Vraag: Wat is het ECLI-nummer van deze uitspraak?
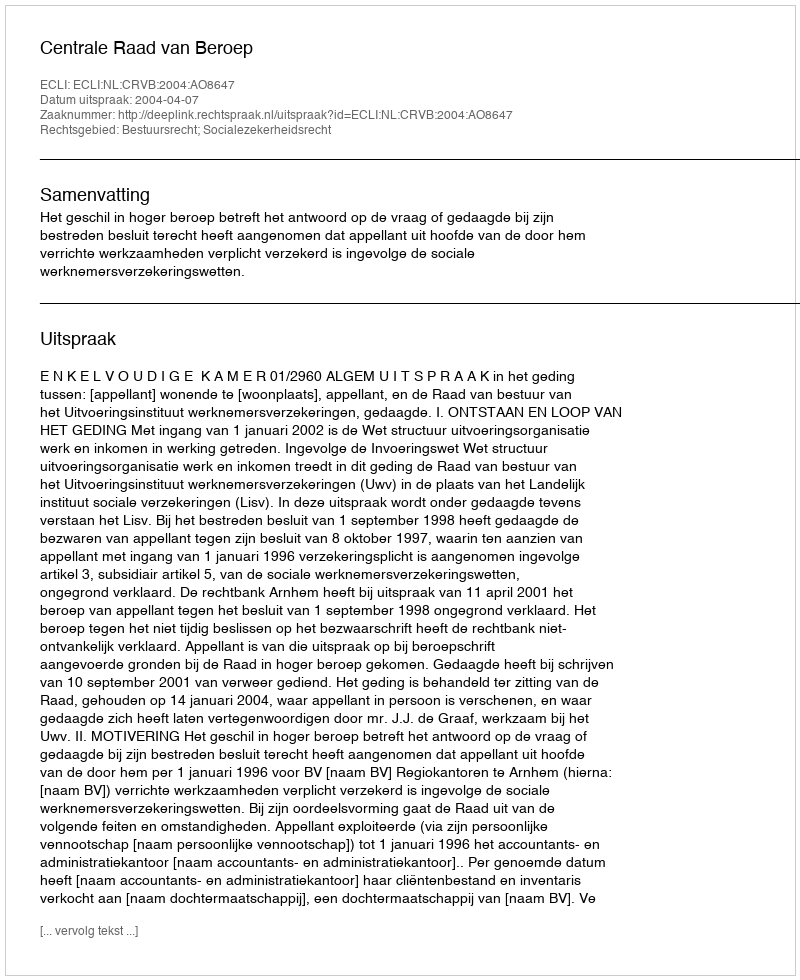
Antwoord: ECLI:NL:CRVB:2004:AO8647